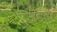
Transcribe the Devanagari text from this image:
उजडता